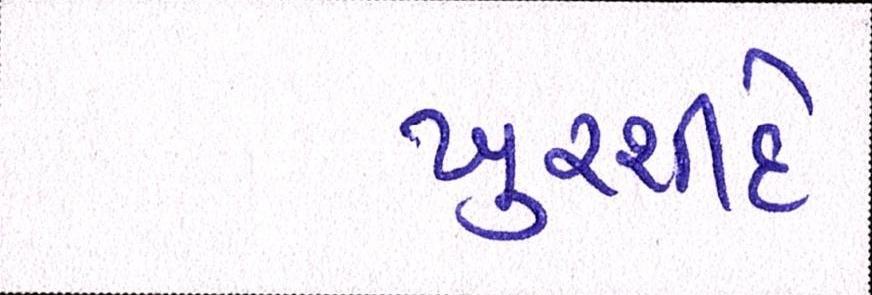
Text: ખુરશીદે